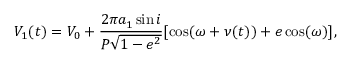
V _ { 1 } ( t ) = V _ { 0 } + \frac { 2 \pi a _ { 1 } \sin { i } } { P \sqrt { 1 - e ^ { 2 } } } [ \cos ( \omega + \nu ( t ) ) + e \cos ( \omega ) ] ,